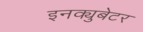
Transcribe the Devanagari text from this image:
इनक्युबेटर